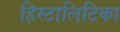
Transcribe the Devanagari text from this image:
हिस्टालिटिका